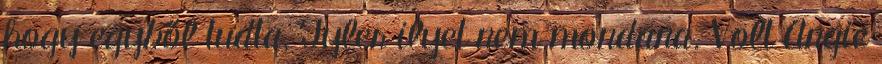
hogy egyből tudta, Tyler ilyet nem mondana. Volt Angie